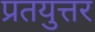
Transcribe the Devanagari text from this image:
प्रतयुत्तर